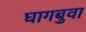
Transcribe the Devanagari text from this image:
घागबुवा